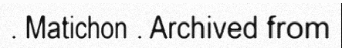
. Matichon . Archived from